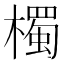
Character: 㯮